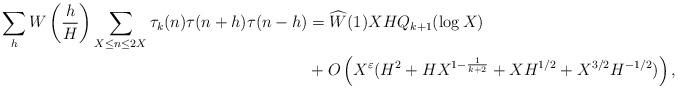
LaTeX: \begin{align*}\sum_{h}W\left(\frac{h}{H}\right)\sum_{X\leq n\leq 2X}\tau_k(n)\tau(n+h)\tau(n-h)&=\widehat{W}(1)XHQ_{k+1}(\log X)\\&+O\left(X^{\varepsilon}(H^2+HX^{1-\frac{1}{k+2}}+XH^{1/2}+X^{3/2}H^{-1/2})\right),\end{align*}